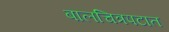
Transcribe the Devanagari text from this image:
बालचित्रपटात